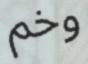
وخم